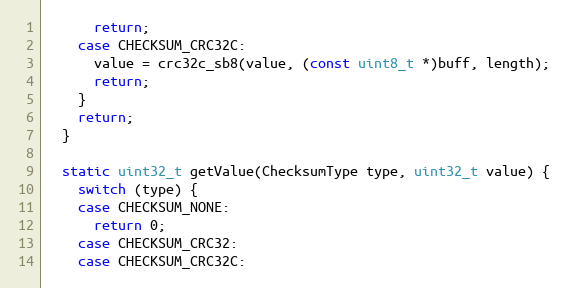
Language: C
      return;
    case CHECKSUM_CRC32C:
      value = crc32c_sb8(value, (const uint8_t *)buff, length);
      return;
    }
    return;
  }

  static uint32_t getValue(ChecksumType type, uint32_t value) {
    switch (type) {
    case CHECKSUM_NONE:
      return 0;
    case CHECKSUM_CRC32:
    case CHECKSUM_CRC32C: